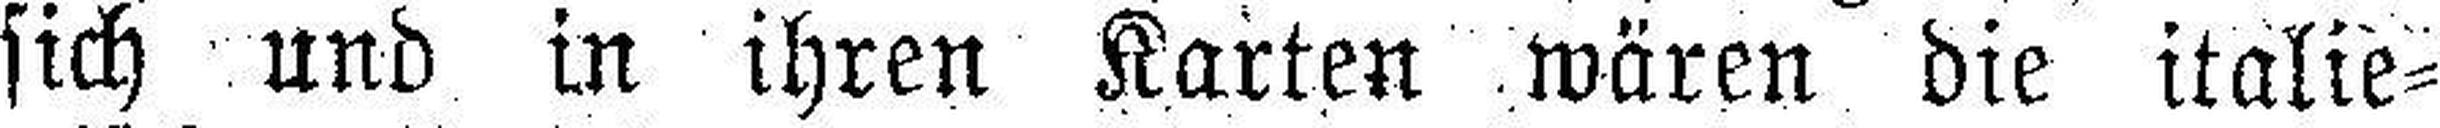
sich und in ihren Karten wären die italie¬